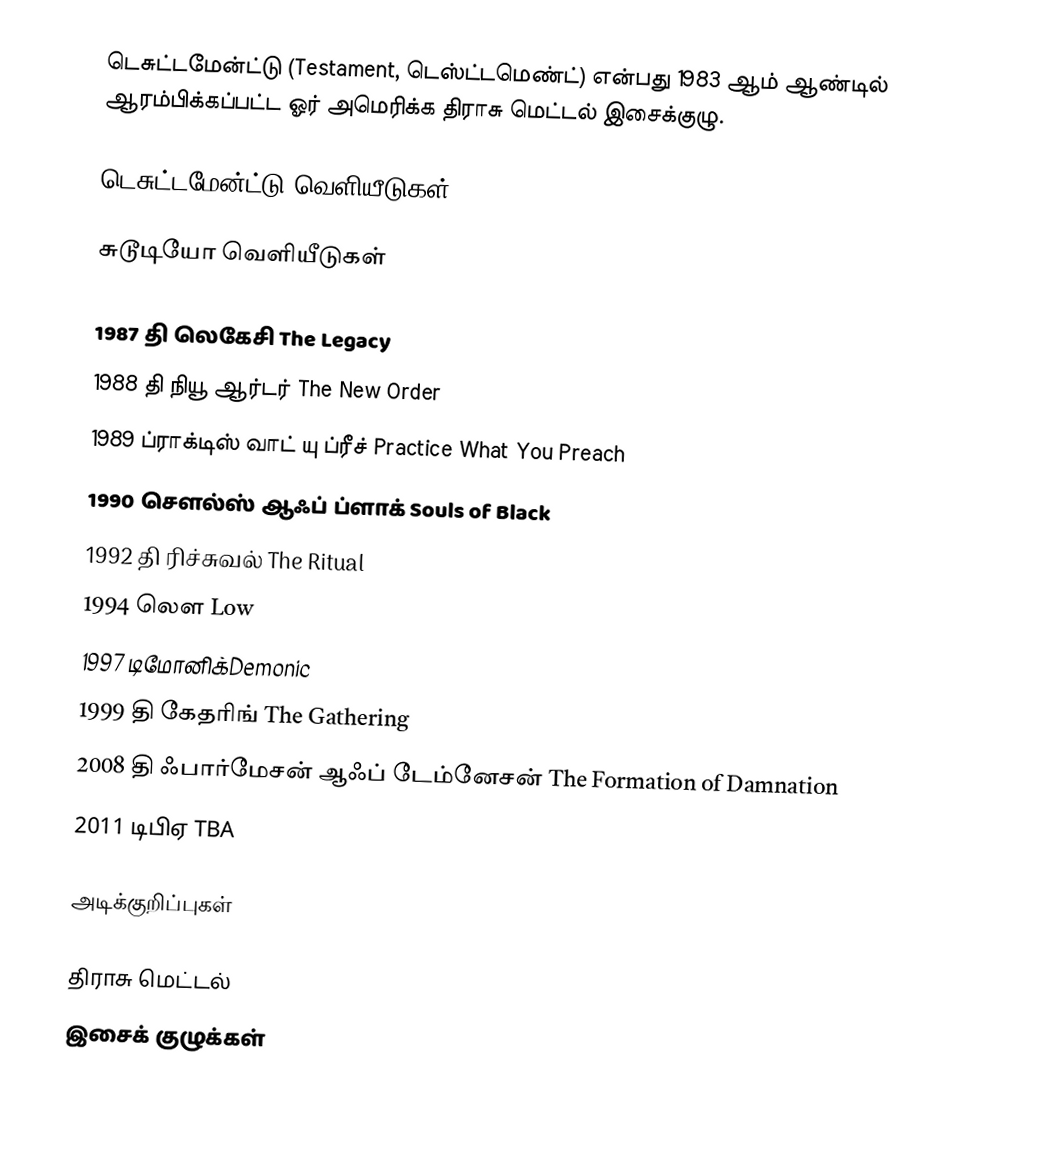
டெசுட்டமேன்ட்டு (Testament, டெஸ்ட்டமெண்ட்) என்பது 1983 ஆம் ஆண்டில் ஆரம்பிக்கப்பட்ட ஓர் அமெரிக்க திராசு மெட்டல் இசைக்குழு.

டெசுட்டமேன்ட்டு வெளியீடுகள்

சுடூடியோ வெளியீடுகள்

1987	   தி லெகேசி The Legacy
1988	   தி நியூ ஆர்டர் The New Order
1989	   ப்ராக்டிஸ் வாட் யு ப்ரீச் Practice What You Preach
1990   	சௌல்ஸ் ஆஃப் ப்ளாக் Souls of Black
1992	   தி ரிச்சுவல் The Ritual
1994   	லௌ Low
1997   	டிமோனிக்Demonic
1999	   தி கேதரிங் The Gathering
2008	   தி ஃபார்மேசன் ஆஃப் டேம்னேசன் The Formation of Damnation
2011	   டிபிஏ TBA

அடிக்குறிப்புகள்

திராசு மெட்டல்
இசைக் குழுக்கள்